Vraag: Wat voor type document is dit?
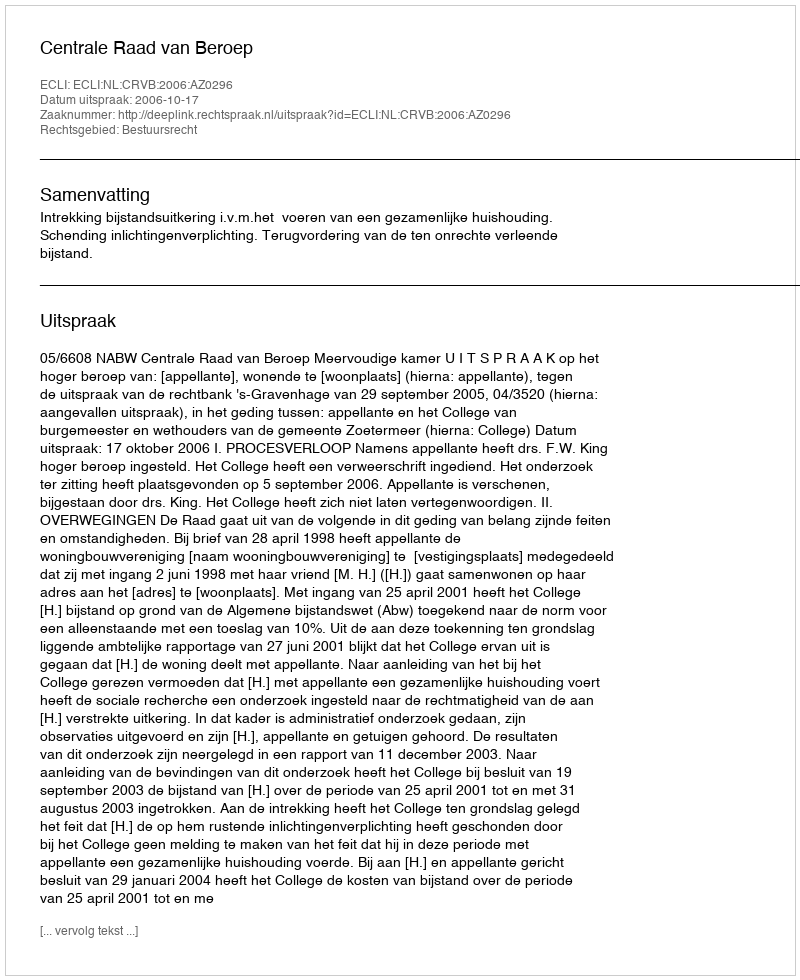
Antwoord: Uitspraak